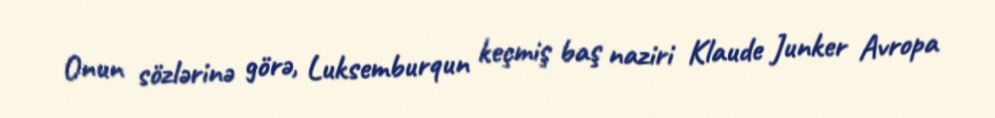
Onun sözlərinə görə, Luksemburqun keçmiş baş naziri Klaude Junker Avropa